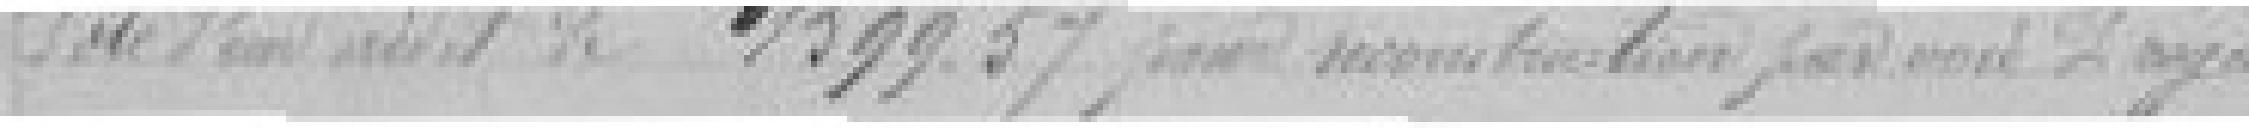
Vote d'un crédit de 1.599,57 francs pour reconstruction par voie ??